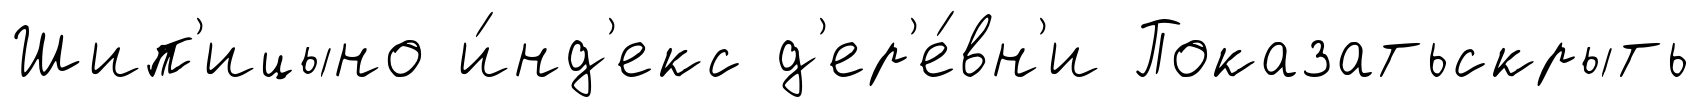
Шип'ицыно и́нд'екс д'ер'е́вн'и Показатьскрыть